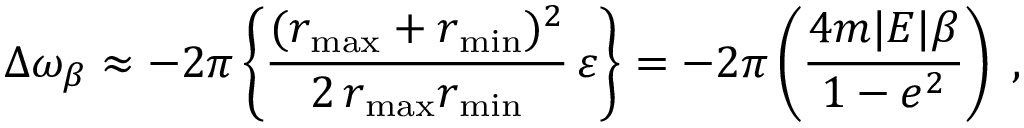
\Delta \omega _ { \beta } \approx - 2 \pi \left\{ \frac { ( r _ { \operatorname * { m a x } } + r _ { \operatorname * { m i n } } ) ^ { 2 } } { 2 \, r _ { \operatorname * { m a x } } r _ { \operatorname * { m i n } } } \, \varepsilon \right\} = - 2 \pi \left( \frac { 4 m | E | \beta } { 1 - e ^ { 2 } } \right) \; ,